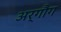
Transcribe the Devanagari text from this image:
अर्गौग